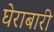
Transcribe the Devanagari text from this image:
घेराबारी